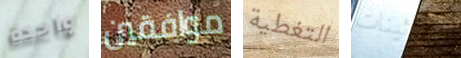
واحدة موافقين التغطية الثلاثينات